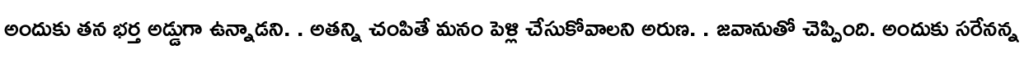
అందుకు తన భర్త అడ్డుగా ఉన్నాడని. . అతన్ని చంపితే మనం పెళ్లి చేసుకోవాలని అరుణ. . జవానుతో చెప్పింది. అందుకు సరేనన్న